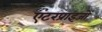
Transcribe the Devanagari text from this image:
एंटरप्राइजों